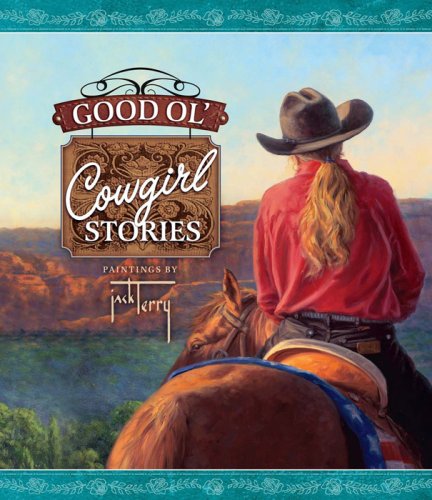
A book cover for Good Ol' Cowgirl Stories; Christian Books & Bibles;